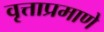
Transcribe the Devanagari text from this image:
वृत्ताप्रमाणे